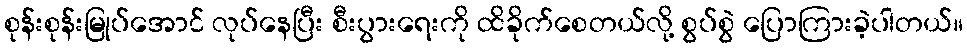
စုန်းစုန်းမြုပ်အောင် လုပ်နေပြီး စီးပွားရေးကို ထိခိုက်စေတယ်လို့ စွပ်စွဲ ပြောကြားခဲ့ပါတယ်။